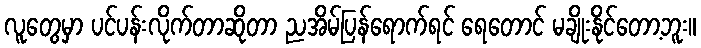
လူတွေမှာ ပင်ပန်းလိုက်တာဆိုတာ ညအိမ်ပြန်ရောက်ရင် ရေတောင် မချိုးနိုင်တော့ဘူး။